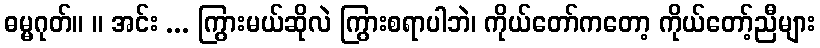
ဓမ္မဂုတ်။ ။ အင်း ... ကြွားမယ်ဆိုလဲ ကြွားစရာပါဘဲ၊ ကိုယ်တော်ကတော့ ကိုယ်တော့်ညီများ